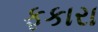
ફકારા